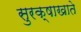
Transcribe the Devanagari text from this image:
सुरक्षाखाते